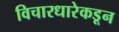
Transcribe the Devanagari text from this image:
विचारधारेकडून